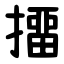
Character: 㩅